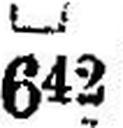
642